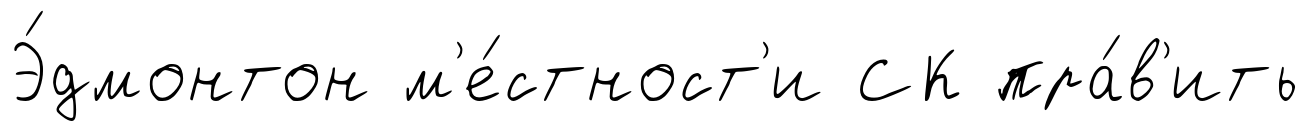
Э́дмонтон м'е́стност'и СК пра́в'ить